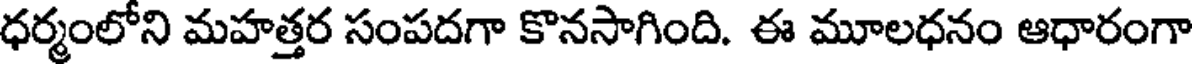
ధర్మంలోని మహత్తర సంపదగా కొనసాగింది. ఈ మూలధనం ఆధారంగా